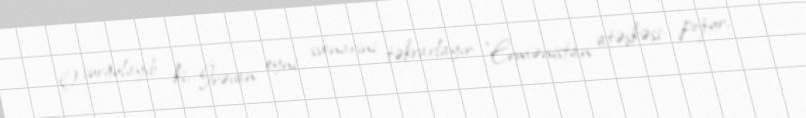
O vurğulayıb ki, İrəvan eyni ssenarini təkrarlayır: "Ermənistan atəşkəsi pozur,